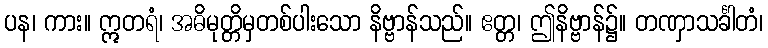
ပန၊ ကား။ ဣတရံ၊ အဓိမုတ္တိမှတစ်ပါးသော နိဗ္ဗာန်သည်။ ဧတ္တ၊ ဤနိဗ္ဗာန်၌။ တဏှာသင်္ခါတံ၊